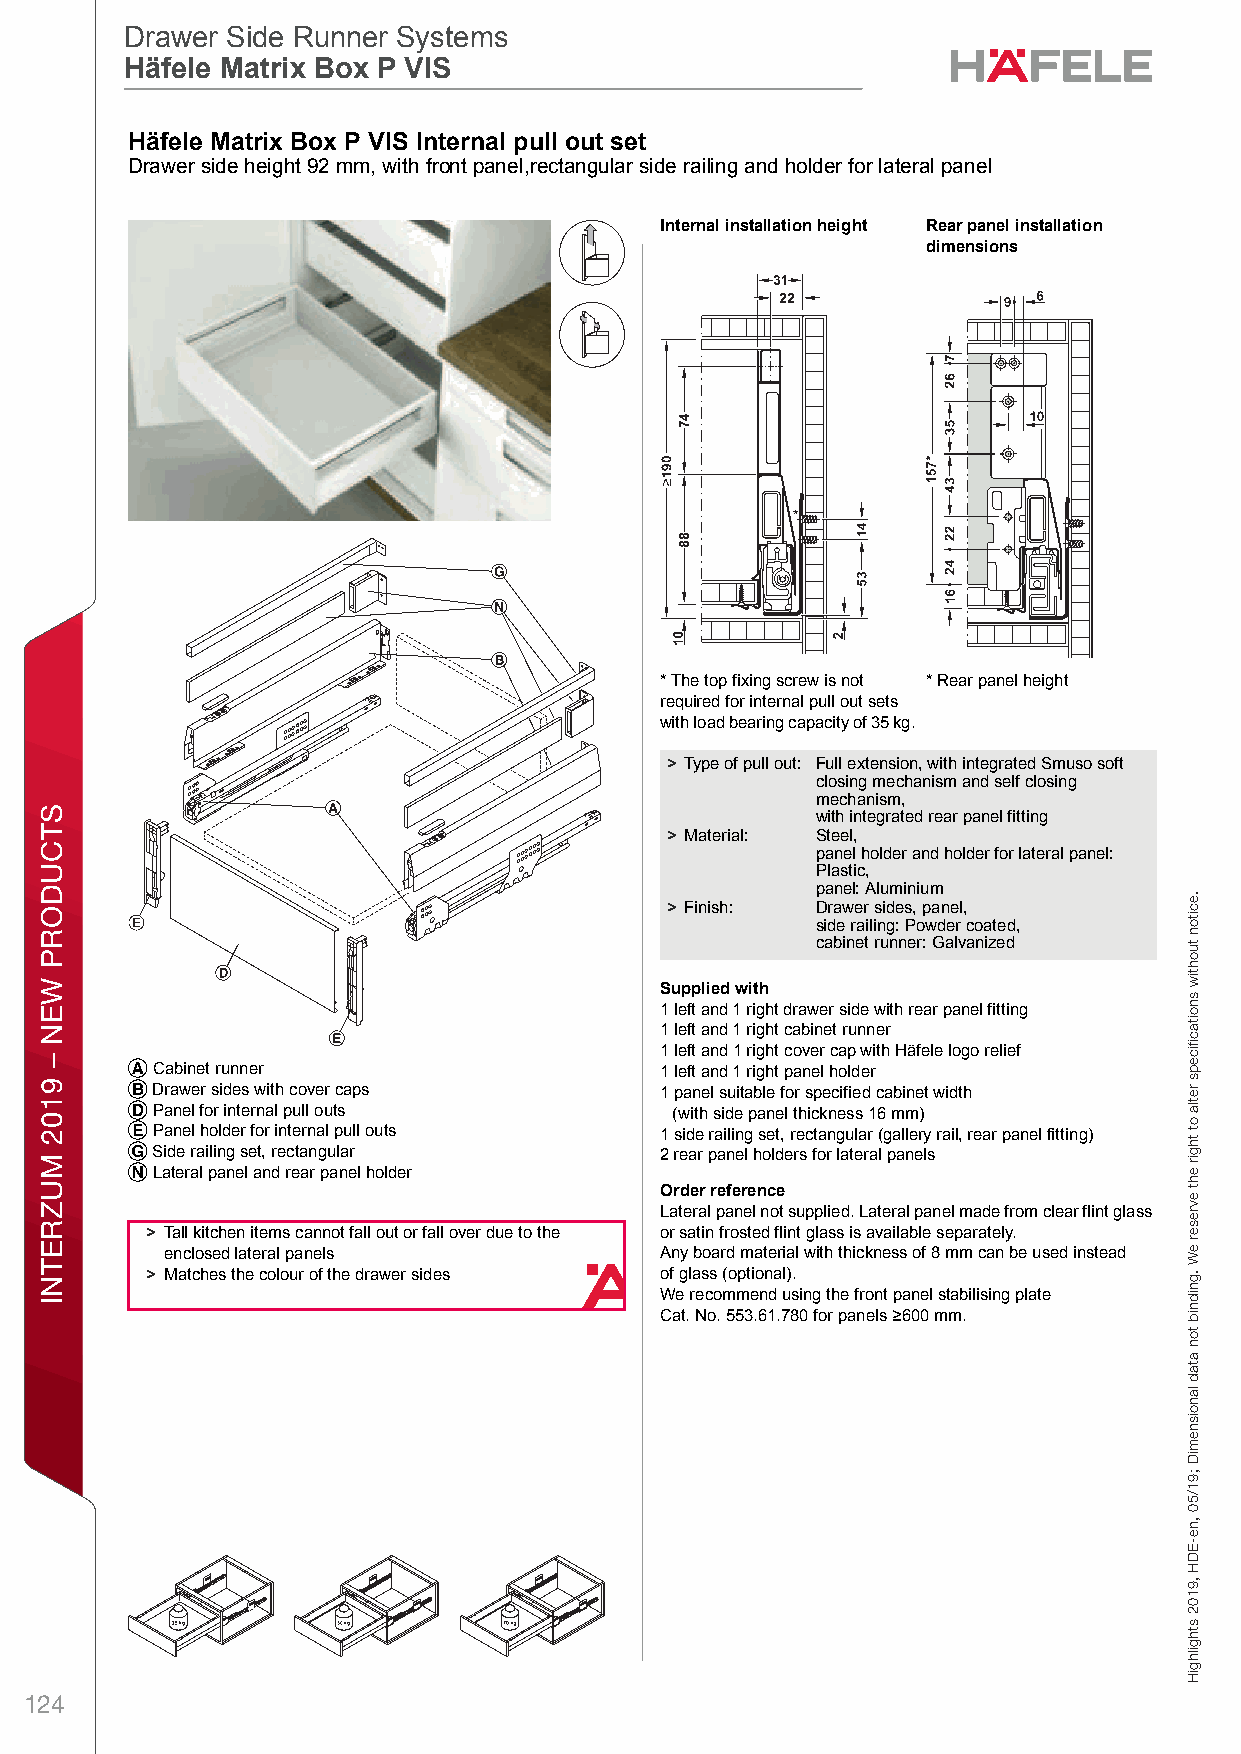
ff19_int_en_08_040.fm Page 40 Thursday, May 2, 2019 11:43 AM
 Drawer Side Runner Systems
 Drawer Side Runner Systems
 Häfele Matrix Box P VIS
 Häfele Matrix Box P VIS
 DHrawer anäd Pull Ofut foer Door lFronet Fixing DraMwer Side Raunner StystermsHiäfelex Matrix BoxB P VIS – o / Plannixng and ConPstructionD imVensional IdataS not bind ing.I Wen reservet the eright to ralter nspecificaations wlithou t noptice.ull out set
 Drawer side height 92 mm, with front panel,rectangular side railing and holder for lateral panel
 Internal installation height Rear panel installation
 dimensions
 * The top fixing screw is not * Rear panel height
 required for internal pull out sets
 with load bearing capacity of 35 kg.
 > Type of pull out: Full extension, with integrated Smuso soft
 closing mechanism and self closing
 mechanism,
 with integrated rear panel fitting
 > Material: Steel,
 panel holder and holder for lateral panel:
 Plastic,
 panel: Aluminium
 > Finish: Drawer sides, panel,
 side railing: Powder coated,
 cabinet runner: Galvanized
 Supplied with
 8                                        1 left and 1 right drawer side with rear panel fitting
 1 left and 1 right cabinet runner
 1 left and 1 right cover cap with Häfele logo relief
 A Cabinet runner                   1 left and 1 right panel holder
 B Drawer sides with cover caps     1 panel suitable for specified cabinet width
 D Panel for internal pull outs      (with side panel thickness 16 mm)
 E Panel holder for internal pull outs 1 side railing set, rectangular (gallery rail, rear panel fitting)
 G Side railing set, rectangular    2 rear panel holders for lateral panels
 N Lateral panel and rear panel holder
 Order reference
 Lateral panel not supplied. Lateral panel made from clear flint glass
 > Tall kitchen items cannot fall out or fall over due to the or satin frosted flint glass is available separately.
 enclosed lateral panels          Any board material with thickness of 8 mm can be used instead
 > Matches the colour of the drawer sides of glass (optional).
 We recommend using the front panel stabilising plate
 Cat. No. 553.61.780 for panels >600 mm.
 124
 STCUDORP
 WEN
 –
 9102
 MUZRETNI
 gnixiF
 tnorF
 rooD
 rof
 tuO
 lluP
 dna
 rewarD
 .eciton
 tuohtiw
 snoitacfiiceps
 retla
 ot
 thgir
 eht
 evreser
 eW
 .gnidnib
 ton
 atad
 lanoisnemiD
 ;91/50
 ,ne-EDH
 ,9102
 sthgilhgiH